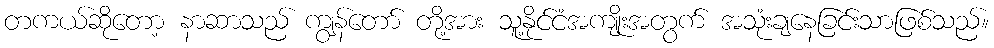
တကယ်ဆိုတော့ နာဆာသည် ကျွန်တော် တို့အား သူ့နိုင်ငံအကျိုးအတွက် အသုံးချနေခြင်းသာဖြစ်သည်။